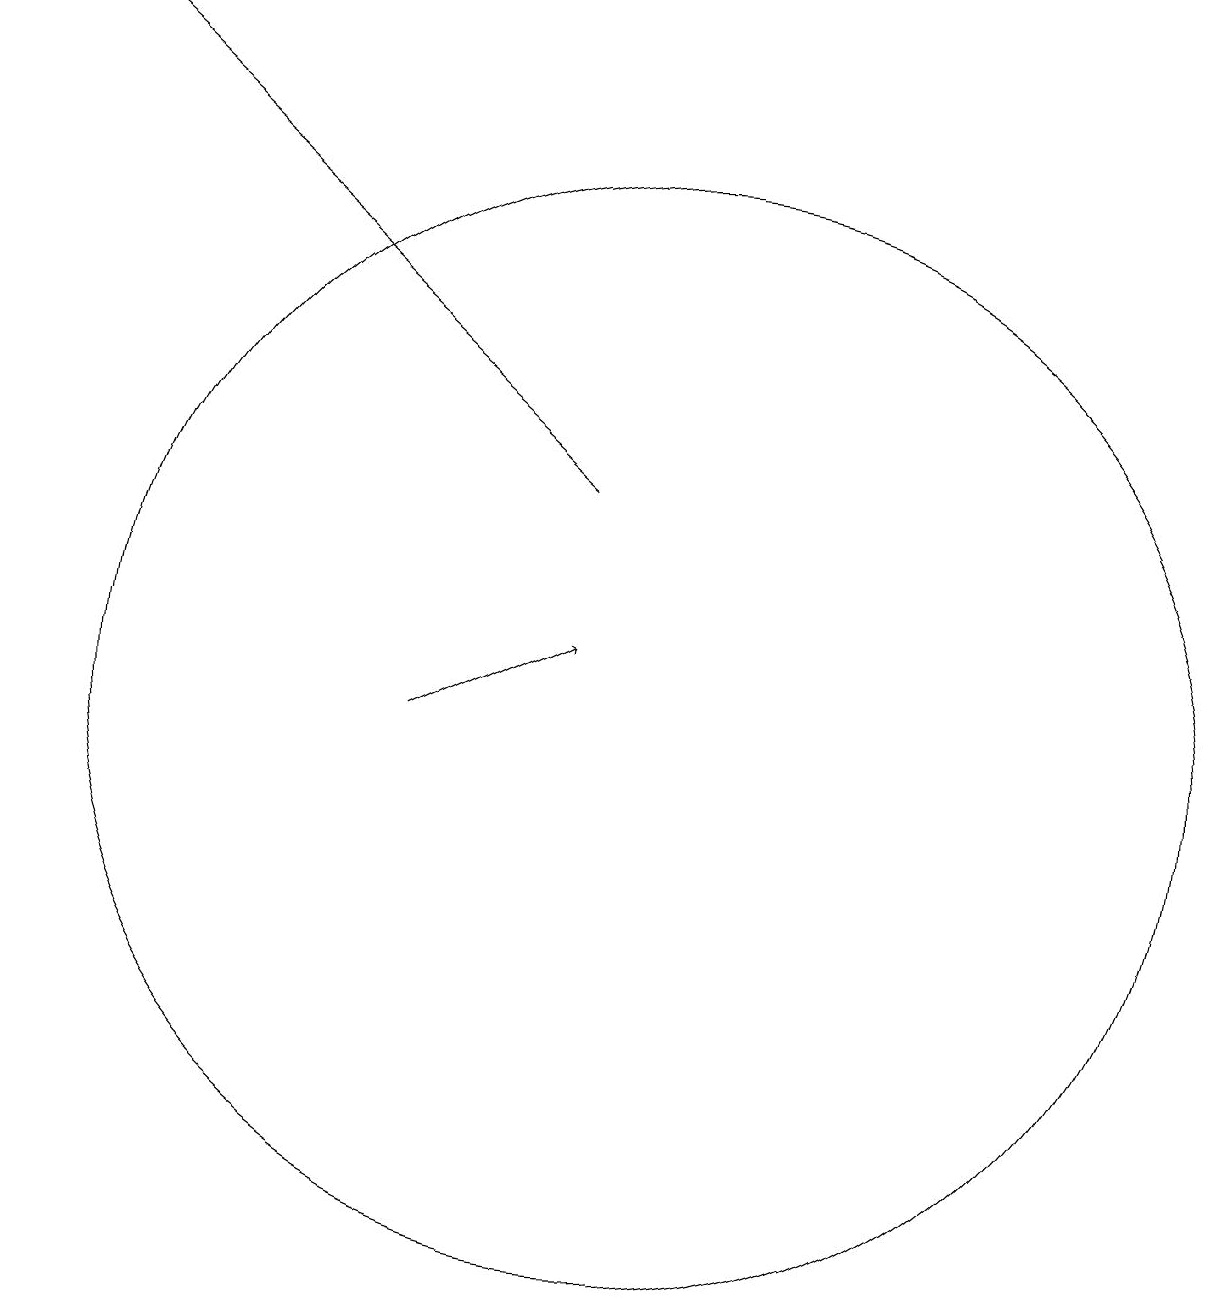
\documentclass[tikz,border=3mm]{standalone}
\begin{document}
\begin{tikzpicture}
\draw[->] (7,10) -- (9,11);
\draw[->] (9,13) -- (2,19);
\draw (10,10) circle (7);
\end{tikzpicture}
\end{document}